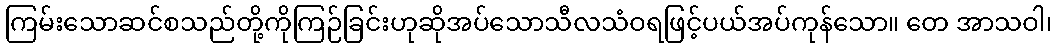
ကြမ်းသောဆင်စသည်တို့ကိုကြဉ်ခြင်းဟုဆိုအပ်သောသီလသံဝရဖြင့်ပယ်အပ်ကုန်သော။ တေ အာသဝါ၊